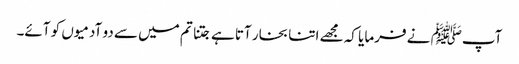
آپﷺ نے فرمایا کہ مجھے اتنا بخار آتا ہے جتنا تم میں سے دو آدمیوں کو آئے۔